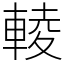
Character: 輘